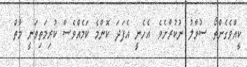
ކީއްވެގެންތޯ ސުވާލު ނުކުރާށެވެ. އެހެނީ އެފަދަ ކޮންމެ ކަމެއްވެސް ކުރިމަތިވަނީ މާތް